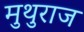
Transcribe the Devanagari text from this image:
मुथुराज